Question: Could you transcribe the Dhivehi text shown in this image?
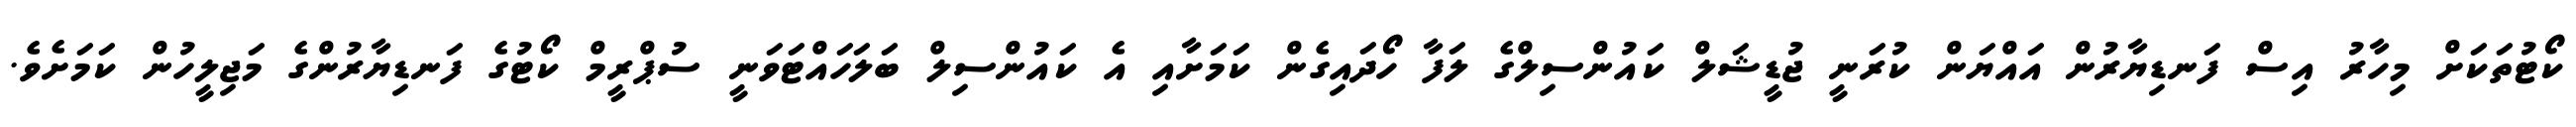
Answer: ކޯޓުތަކަށް މިހާރު އިސް ފަނޑިޔާރުން އައްޔަން ކުރަނީ ޖުޑީޝަލް ކައުންސިލްގެ ލަފާ ހޯދައިގެން ކަމަށާއި އެ ކައުންސިލް ބަލަހައްޓަވަނީ ސުޕްރީމް ކޯޓުގެ ފަނޑިޔާރުންގެ މަޖިލީހުން ކަމަށެވެ.